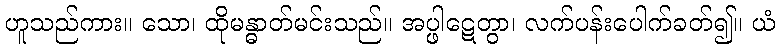
ဟူသည်ကား။ သော၊ ထိုမန္ဓာတ်မင်းသည်။ အပ္ဖါဋေတွာ၊ လက်ပန်းပေါက်ခတ်၍။ ယံ